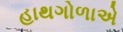
હાથગોળાએ